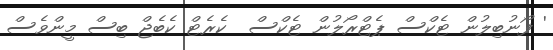
' ފޯނުބިލުން ޓެކްސް ޕެޓްރޯލުން ޓެކްސް  ކެރެޓް ކެބެޖް ބިސް މީންވެސް